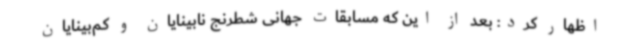
اظهار کرد: بعد از این که مسابقات جهانی شطرنج نابینایان و کم‌بینایان